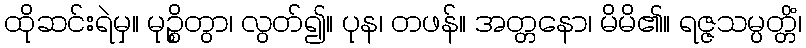
ထိုဆင်းရဲမှ။ မုဉ္စိတွာ၊ လွတ်၍။ ပုန၊ တဖန်။ အတ္တနော၊ မိမိ၏။ ရဇ္ဇသမ္ပတ္တိံ၊